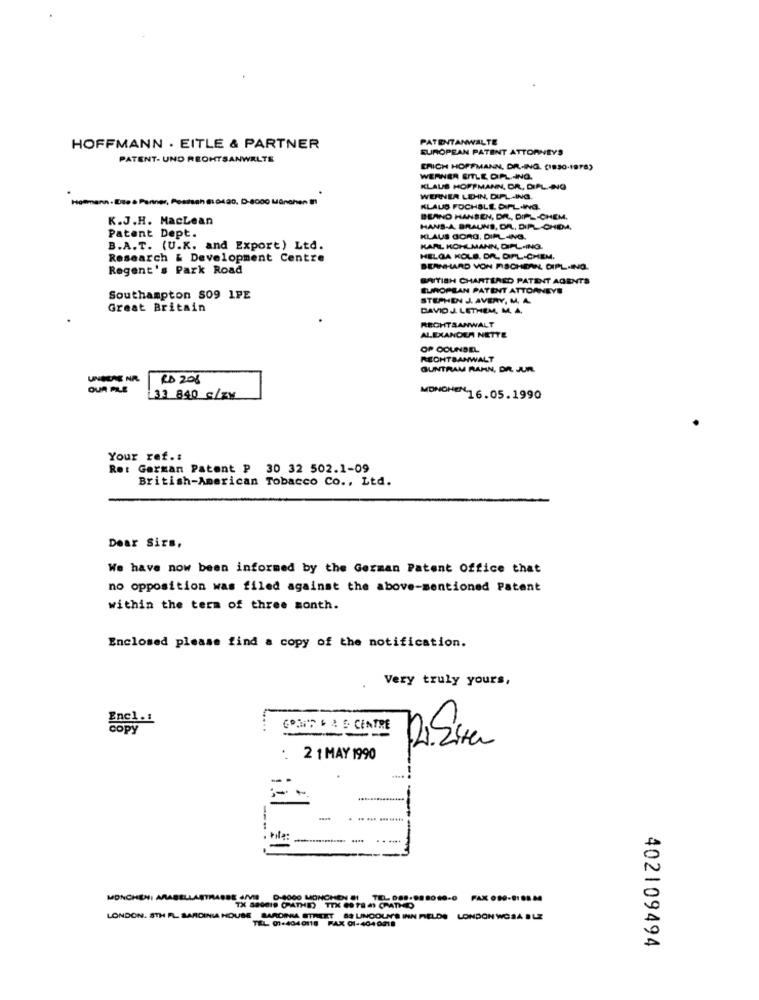
PATENTANWALTE
HOFFMANN . EITLE & PARTNER
EUROPEAN PATENT ATTORNEYS
PATENT- UND RECHTSANWALTE
ERICH HOFFMANN, DR .- ING. [1830-1978)
WERNER SITLE DIPL .- ING.
KLAUS HOFFMANN, DR, DIPL .- NG
WERNER LEHN, DUL-ING.
KLAUS POCHBLE DIPL.ING.
K.J.H. MacLean
BLAND HANSEN, DR ., DIPL-CHEM.
Patent Dept.
HANS-A. BRAUNS, DR ., DIPL-CHIDA,
KLAUS GORG. DIFLING.
B.A.T. (U.K. and Export) Ltd.
KARL KOHLMANN, DIFL-ING.
Research & Development Centre
HELGA KOLB. DR. DIFL-CHEM.
Regent's Park Road
BERNHARD VON FISCHEAN DIPL.ING.
SATISH CHARTERED PATENT AGENTS
EUROPEAN PATENT ATTORNEYE
Southampton S09 1PE
STEPHEN J. AVERY, M. A.
Great Britain
DAVID J. LETHEM, M. A.
RECHTSANWALT
ALEXANDEA NETTE
OF COUNSEL
RECHTSANWALT
GUNTRAM BAHN, DR. J.R.
UNSERE NR.
RD 208
OUR PLE
33 840 c/zy
MONCHEN16.05.1990
Your ref .:
Ret German Patent P 30 32 502.1-09
British-American Tobacco Co ., Ltd.
Dear Sirs,
We have now been informed by the German Patent Office that
no opposition was filed against the above-mentioned Patent
within the term of three month.
Enclosed please find a copy of the notification.
Very truly yours,
Copy
CONT LA O CENTRE
:
2 1 MAY 1990
- -
1
---
:-
-
MONCHE
E 4MB D-9000 MONCHEN #I TEL. O ... 98
TX 880019 0ATHID THE 09 78 4 CATHO
LONDON. STH FL SARDINIA HOUSE SARDINIA STREET 89 LINCOLN'S INN FIELDS LONDON WCRA BLE
TEL 07:4040118 FAX 01-4040218
402109494